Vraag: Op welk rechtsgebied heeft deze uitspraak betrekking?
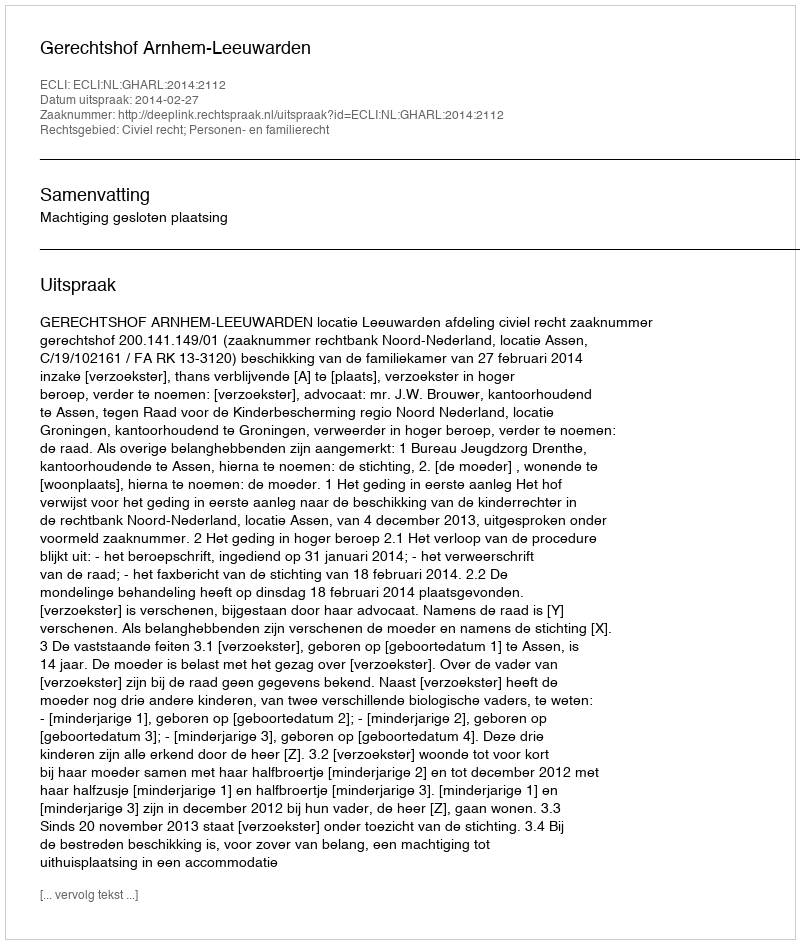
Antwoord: Civiel recht; Personen- en familierecht